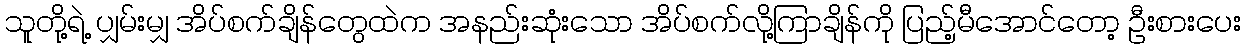
သူတို့ရဲ့ ပျှမ်းမျှ အိပ်စက်ချိန်တွေထဲက အနည်းဆုံးသော အိပ်စက်လို့ကြာချိန်ကို ပြည့်မီအောင်တော့ ဦးစားပေး